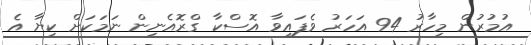
އުމުރުން މިހާރު 94 އަހަރު ވެފައިވާ އޮސްކާ ގްރޮއެނިން ނަމަކަށް ކިޔާ އެ